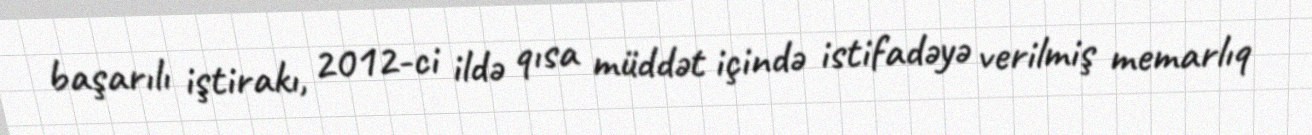
başarılı iştirakı, 2012-ci ildə qısa müddət içində istifadəyə verilmiş memarlıq